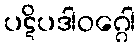
ပဋိပဒါဝဂ္ဂေါ